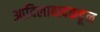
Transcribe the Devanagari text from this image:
आदिलाबादकडून